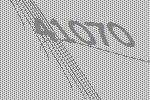
41070